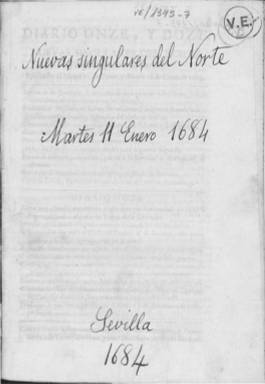
Título: Nuevas ordinarias de los sucessos del Norte (Sevilla)
Otros títulos: Nuevas ordinarias de los sucesos del Norte || Diario ... Nuevas ordinarias de los sucessos del Norte || Diario ... Nuevas ordinarias de los sucesos del Norte || Nvevas singvlares del Norte || Nuevas singulares del Norte || Nuevas del Norte || Nuevas singulares del Norte y otras partes de Europa || Nuevas singulares del Norte concenientes a la guerra sagrada contra los turcos || Diario ... Nuevas del Norte || Diario ... Nuevas singulares del Norte || Diarios ... Nuevas singulares del Norte
Colección: Gacetas
Ámbito geográfico: Sevilla
Lugar de publicación: Sevilla
Fechas: 11/01/1684-18/01/1684